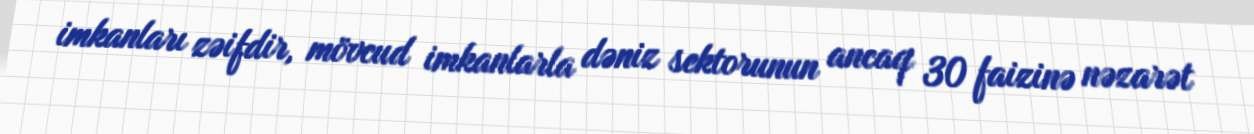
imkanları zəifdir, mövcud imkanlarla dəniz sektorunun ancaq 30 faizinə nəzarət